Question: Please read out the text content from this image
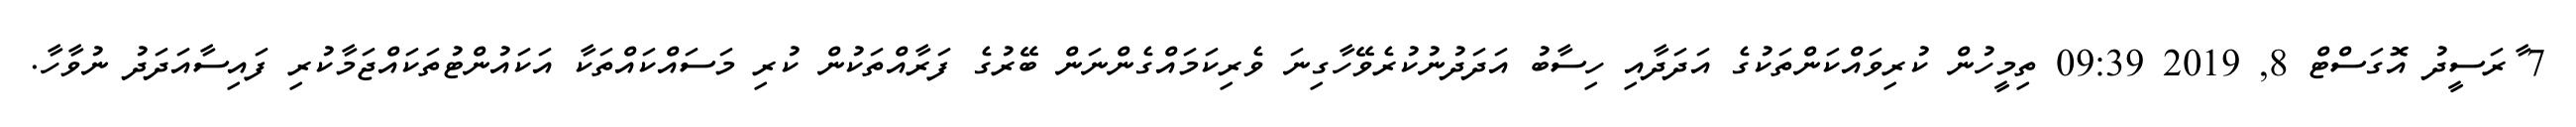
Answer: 7 ާރަސީދު އޮގަސްޓް 8, 2019 09:39 ތިމީހުން ކުރިވައްކަންތަކުގެ އަދަދާއި ހިސާބު އަދަދުނުކުރެވޭހާގިނަ ވެރިކަމައްގެންނަން ބޭރުގެ ފަރާއްތަކުން ކުރި މަސައްކައްތަކާ އަކައުންޓުތަކައްޖަމާކުރި ފައިސާއަދަދު ނުވާހާ.